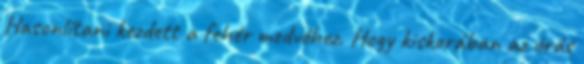
Hasonlítani kezdett a fehér medvéhez. Hogy kiskorában az órás